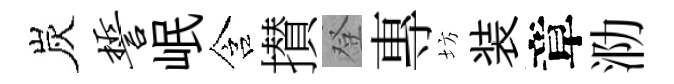
炭誓岷含攅登專坊装章泐